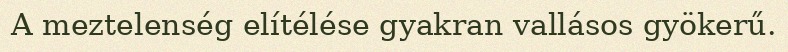
A meztelenség elítélése gyakran vallásos gyökerű.